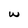
Character: w